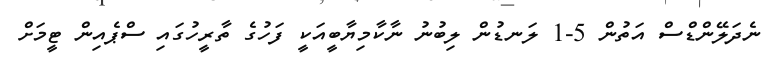
ނެދަލޭންޑްސް އަތުން 5-1 ލަނޑުން ލިބުނު ނާކާމިޔާބީއަކީ ފަހުގެ ތާރީހުގައި ސްޕެއިން ޓީމަށް